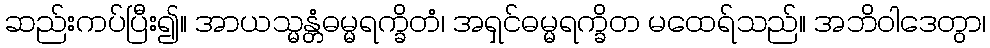
ဆည်းကပ်ပြီး၍။ အာယသ္မန္တံဓမ္မရက္ခိတံ၊ အရှင်ဓမ္မရက္ခိတ မထေရ်သည်။ အဘိဝါဒေတွာ၊